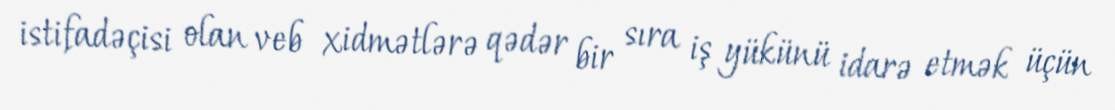
istifadəçisi olan veb xidmətlərə qədər bir sıra iş yükünü idarə etmək üçün